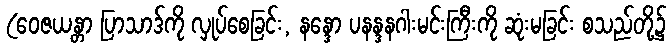
(ဝေဇယန္တာ ပြာသာဒ်ကို လှုပ်စေခြင်း, နန္ဒော ပနန္ဒနဂါးမင်းကြီးကို ဆုံးမခြင်း စသည်တို့၌